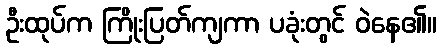
ဦးထုပ်က ကြိုးပြတ်ကျကာ ပခုံးတွင် ဝဲနေ၏။